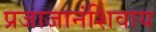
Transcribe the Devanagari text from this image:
प्रजाजानंशिवाय